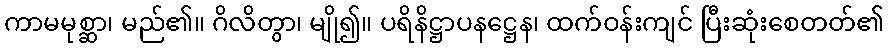
ကာမမုစ္ဆာ၊ မည်၏။ ဂိလိတွာ၊ မျို၍။ ပရိနိဋ္ဌာပနဋ္ဌေန၊ ထက်ဝန်းကျင် ပြီးဆုံးစေတတ်၏